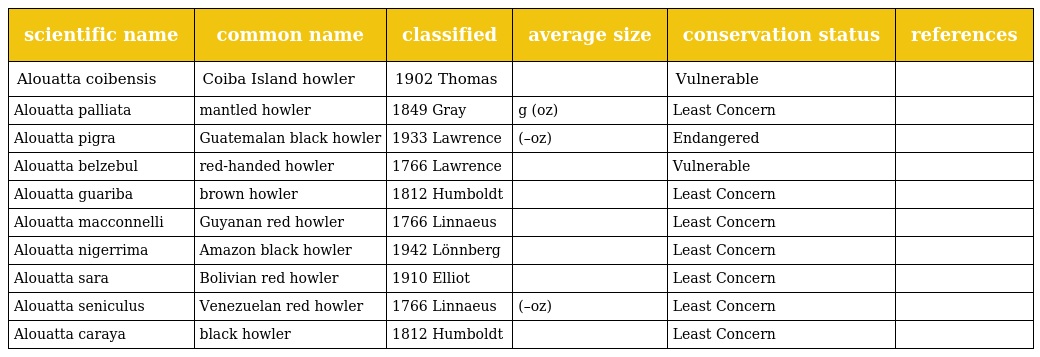
| scientific name | common name | classified | average size | conservation status | references |
 | --- | --- | --- | --- | --- | --- |
 | Alouatta coibensis | Coiba Island howler | 1902 Thomas |  | Vulnerable |  |
 | Alouatta palliata | mantled howler | 1849 Gray | g (oz) | Least Concern |  |
 | Alouatta pigra | Guatemalan black howler | 1933 Lawrence | (–oz) | Endangered |  |
 | Alouatta belzebul | red-handed howler | 1766 Lawrence |  | Vulnerable |  |
 | Alouatta guariba | brown howler | 1812 Humboldt |  | Least Concern |  |
 | Alouatta macconnelli | Guyanan red howler | 1766 Linnaeus |  | Least Concern |  |
 | Alouatta nigerrima | Amazon black howler | 1942 Lönnberg |  | Least Concern |  |
 | Alouatta sara | Bolivian red howler | 1910 Elliot |  | Least Concern |  |
 | Alouatta seniculus | Venezuelan red howler | 1766 Linnaeus | (–oz) | Least Concern |  |
 | Alouatta caraya | black howler | 1812 Humboldt |  | Least Concern |  |